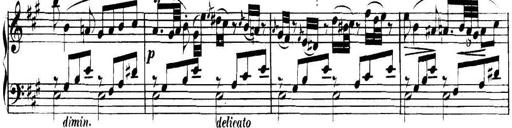
Title: Collected Piano Sonatas
Composer: Muzio Clementi